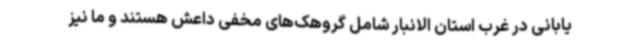
یابانی در غرب استان الانبار شامل گروهک‌های مخفی داعش هستند و ما نیز